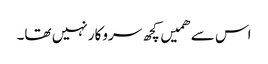
اس سے ھمیں کچھ سروکار نہیں تھا۔